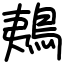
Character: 鴺